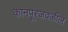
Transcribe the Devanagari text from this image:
कानपूरजवळील